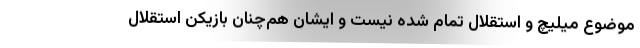
موضوع میلیچ و استقلال تمام شده نیست و ایشان هم‌چنان بازیکن استقلال